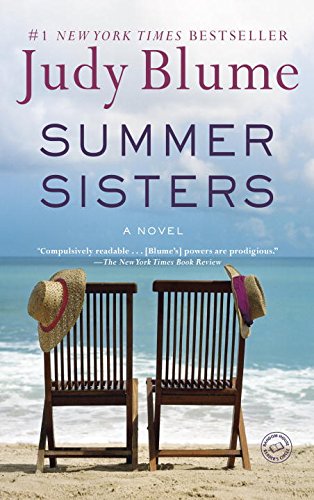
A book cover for Summer Sisters: A Novel; Judy Blume; Literature & Fiction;